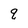
Character: q